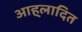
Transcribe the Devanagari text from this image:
आह्‌लादित